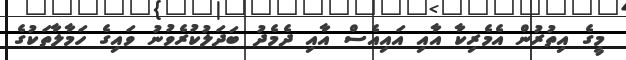
މީގެ އިތުރުން އެމެރިކާ އާއި އައިއެސް އާއި ދެމެދު ބަދަލުކުރެވުނު ވައިގެ ހަމާލާތަކުގެ